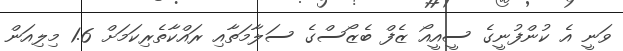
ވަނީ އެ ކުންފުނީގެ ސީއީއޯ ޒެފް ބެޒޯސްގެ ސަލާމަތާއި ރައްކާތެރިކަމަށް 1.6 މިލިއަން